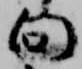
向